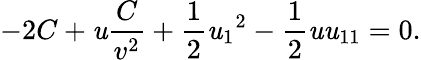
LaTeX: -2C+\mathit{u}\frac{{C}}{{v^{2}}}+\frac{{1}}{{2}}{\mathit{u}_{1}}^{2}-\frac{{1}}{{2}}\mathit{u}\mathit{u}_{11}=0.